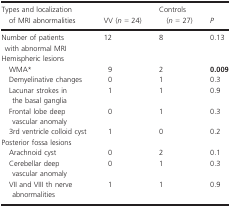
<table><thead><tr><td><b>Types and localization of MRI abnormalities</b></td><td><b>VV (<i>n</i> = 24)</b></td><td><b>Controls (<i>n</i> = 27)</b></td><td><b><i>P</i></b></td></tr></thead><tbody><tr><td>Number of patients with abnormal MRI</td><td>12</td><td>8</td><td>0.13</td></tr><tr><td colspan="4">Hemispheric lesions</td></tr><tr><td>WMAa</td><td>9</td><td>2</td><td><b>0.009</b></td></tr><tr><td>Demyelinative changes</td><td>0</td><td>1</td><td>0.3</td></tr><tr><td>Lacunar strokes in the basal ganglia</td><td>1</td><td>1</td><td>0.9</td></tr><tr><td>Frontal lobe deep vascular anomaly</td><td>0</td><td>1</td><td>0.3</td></tr><tr><td>3rd ventricle colloid cyst</td><td>1</td><td>0</td><td>0.2</td></tr><tr><td colspan="4">Posterior fossa lesions</td></tr><tr><td>Arachnoid cyst</td><td>0</td><td>2</td><td>0.1</td></tr><tr><td>Cerebellar deep vascular anomaly</td><td>0</td><td>1</td><td>0.3</td></tr><tr><td>VII and VIII th nerve abnormalities</td><td>1</td><td>1</td><td>0.9</td></tr></tbody></table>